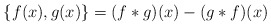
\begin{align*}\{f(x),g(x)\} = (f*g)(x) - (g*f)(x)\end{align*}